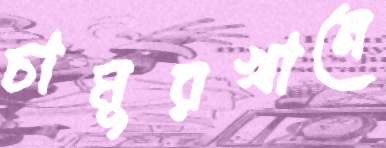
চামুরখানে